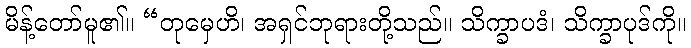
မိန့်တော်မူ၏။ “တုမှေဟိ၊ အရှင်ဘုရားတို့သည်။ သိက္ခာပဒံ၊ သိက္ခာပုဒ်ကို။